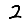
Digit: 2